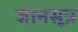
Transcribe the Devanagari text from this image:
ज्ञानसूत्र